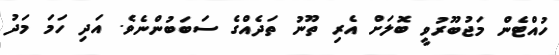
ހުއްޓެން މަޖުބޫރުވީ ބޮލަށް އެރި ތޫނު ތަދެއްގެ ސަބަބުންނެވެ. އަދި ހަމަ މަދު